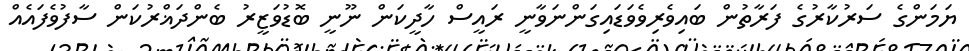
ޔަމަންގެ ސަރުކާރުގެ ފަރާތުން ބައިވެރިވެވަޑައިގަންނަވާނީ ރައީސް ހާދީކަން ނޫނީ ބޮޑުވަޒީރު ބެންދަޣްރުކަން ސާފުވެފައެއް